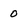
Character: 0